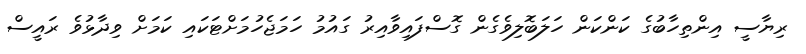
ރިޔާސީ އިންތިހާބުގެ ކަންކަން ހަލަބޮލިވެގެން ގޮސްފައިވާއިރު ގައުމު ހަމަޖެހުމަށްޓަކައި ކަމަށް ވިދާޅުވެ ރައީސް